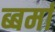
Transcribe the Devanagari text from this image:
ब्बर्मा